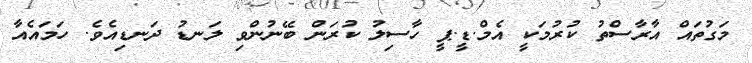
މަގުތައް އާރާސްތު ކުރުމަކީ އެމް.ޑީ.ޕީ ހާސިލު ކުރަން ބޭނުންވި ލަނޑު ދަނޑިއެވެ. ހަމައެއާ